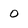
Character: 0